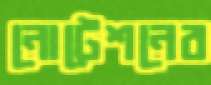
নোটেশনের